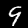
Digit: 9